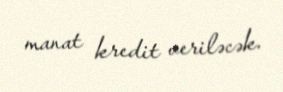
manat kredit veriləcək.